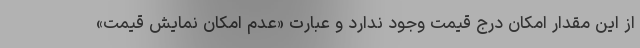
از این مقدار امکان درج قیمت وجود ندارد و عبارت «عدم امکان نمایش قیمت»